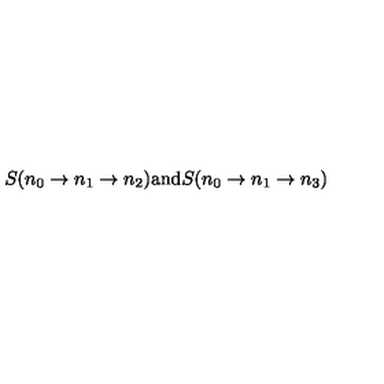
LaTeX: S ( n _ { 0 } \to n _ { 1 } \to n _ { 2 } ) \mathrm { a n d } S ( n _ { 0 } \to n _ { 1 } \to n _ { 3 } )